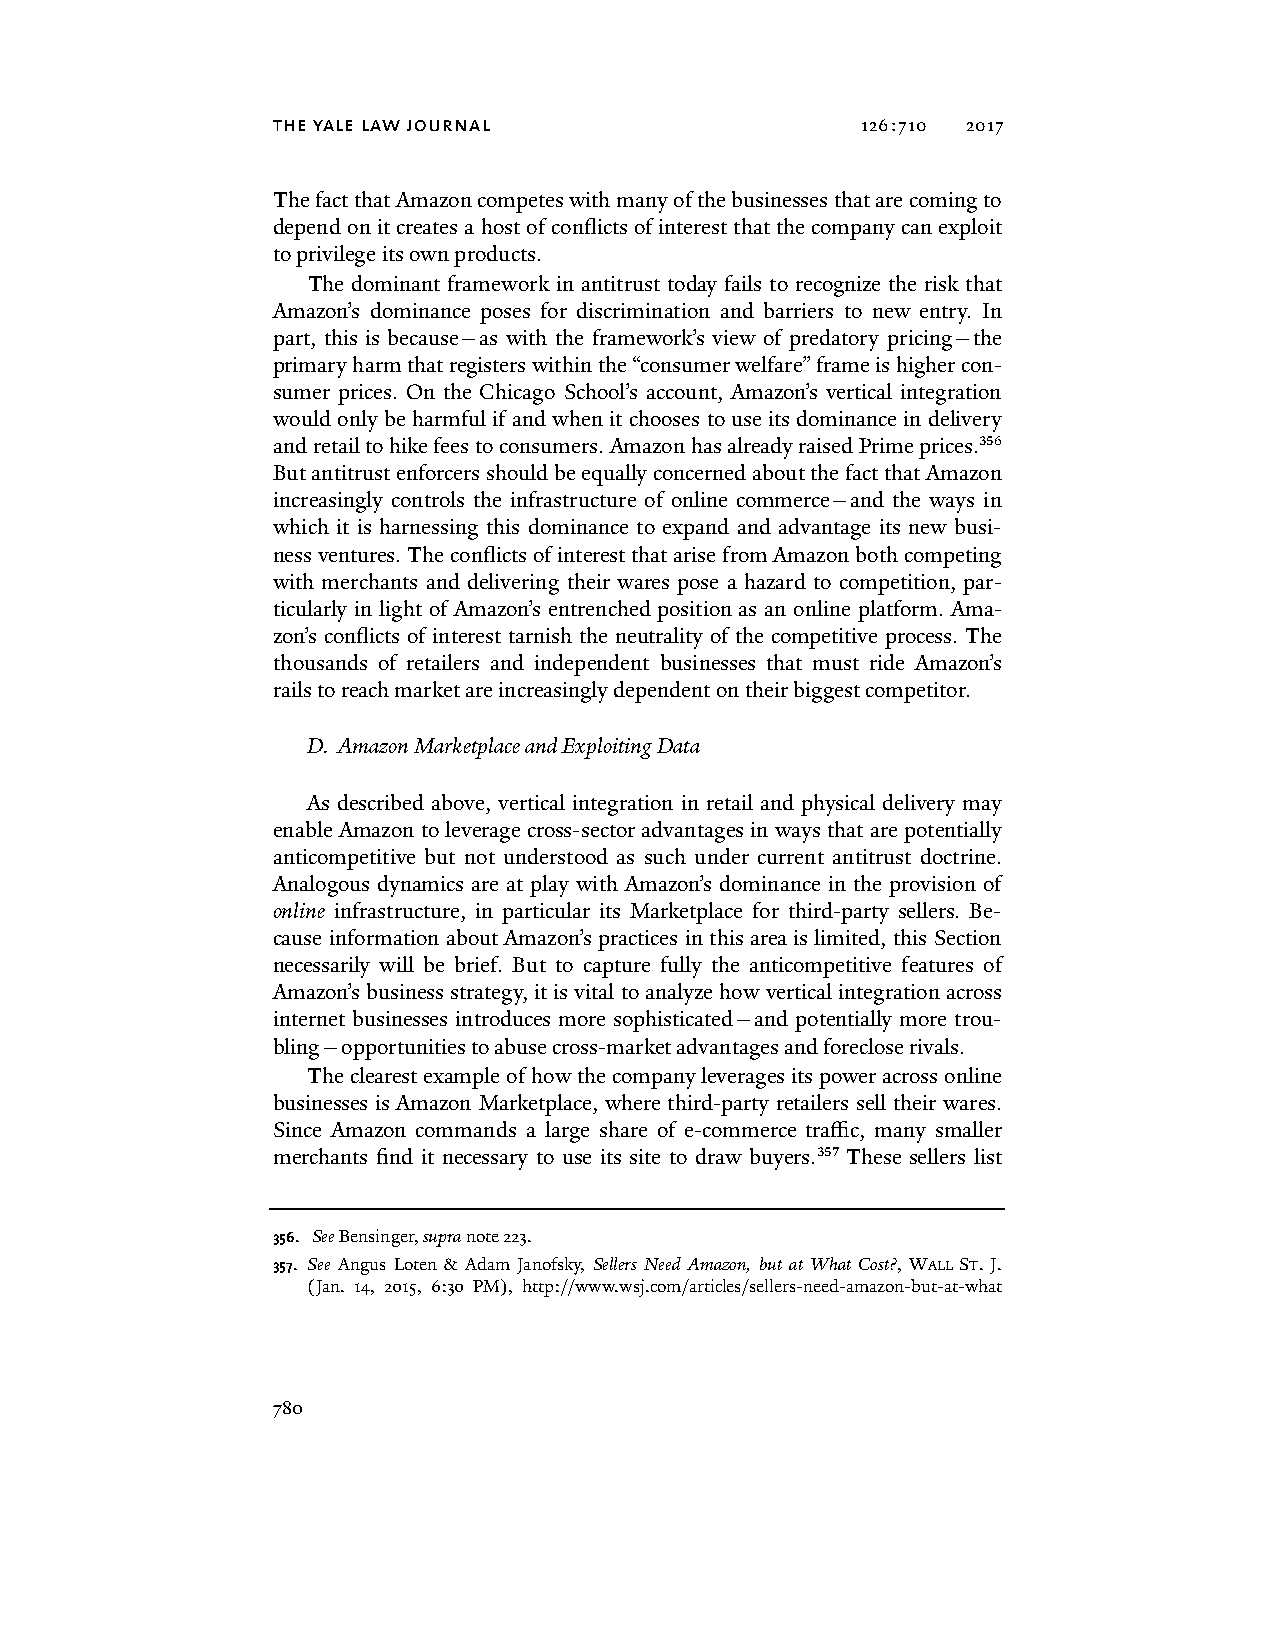
the yale law journal                   126:710 2017
 The fact that Amazon competes with many of the businesses that are coming to
 depend on it creates a host of conflicts of interest that the company can exploit
 to privilege its own products.
 The dominant framework in antitrust today fails to recognize the risk that
 Amazon’s dominance poses for discrimination and barriers to new entry. In
 part, this is because—as with the framework’s view of predatory pricing—the
 primary harm that registers within the “consumer welfare” frame is higher con-
 sumer prices. On the Chicago School’s account, Amazon’s vertical integration
 would only be harmful if and when it chooses to use its dominance in delivery
 and retail to hike fees to consumers. Amazon has already raised Prime prices.356
 But antitrust enforcers should be equally concerned about the fact that Amazon
 increasingly controls the infrastructure of online commerce—and the ways in
 which it is harnessing this dominance to expand and advantage its new busi-
 ness ventures. The conflicts of interest that arise from Amazon both competing
 with merchants and delivering their wares pose a hazard to competition, par-
 ticularly in light of Amazon’s entrenched position as an online platform. Ama-
 zon’s conflicts of interest tarnish the neutrality of the competitive process. The
 thousands of retailers and independent businesses that must ride Amazon’s
 rails to reach market are increasingly dependent on their biggest competitor.
 D. Amazon Marketplace and Exploiting Data
 As described above, vertical integration in retail and physical delivery may
 enable Amazon to leverage cross-sector advantages in ways that are potentially
 anticompetitive but not understood as such under current antitrust doctrine.
 Analogous dynamics are at play with Amazon’s dominance in the provision of
 online infrastructure, in particular its Marketplace for third-party sellers. Be-
 cause information about Amazon’s practices in this area is limited, this Section
 necessarily will be brief. But to capture fully the anticompetitive features of
 Amazon’s business strategy, it is vital to analyze how vertical integration across
 internet businesses introduces more sophisticated—and potentially more trou-
 bling—opportunities to abuse cross-market advantages and foreclose rivals.
 The clearest example of how the company leverages its power across online
 businesses is Amazon Marketplace, where third-party retailers sell their wares.
 Since Amazon commands a large share of e-commerce traffic, many smaller
 merchants find it necessary to use its site to draw buyers.357 These sellers list
 356. See Bensinger, supra note 223.
 357. See Angus Loten & Adam Janofsky, Sellers Need Amazon, but at What Cost?, WALL ST. J.
 (Jan. 14, 2015, 6:30 PM), http://www.wsj.com/articles/sellers-need-amazon-but-at-what
 780